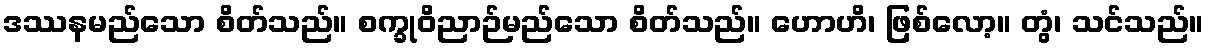
ဒဿနမည်သော စိတ်သည်။ စက္ခုဝိညာဉ်မည်သော စိတ်သည်။ ဟောဟိ၊ ဖြစ်လော့။ တွံ၊ သင်သည်။